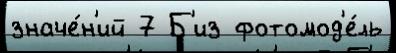
значе́н'ий 7 Б'из фотомод'е́ль